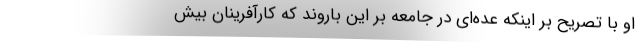
او با تصریح بر اینکه عده‌ای در جامعه بر این باروند که کارآفرینان بيش